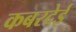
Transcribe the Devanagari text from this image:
कबरदेई